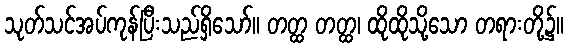
သုတ်သင်အပ်ကုန်ပြီးသည်ရှိသော်။ တတ္ထ တတ္ထ၊ ထိုထိုသို့သော တရားတို့၌။